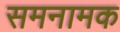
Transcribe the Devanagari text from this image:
समनामक